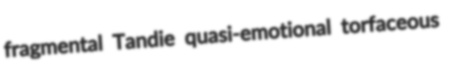
fragmental Tandie quasi-emotional torfaceous